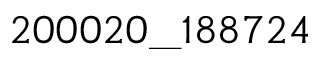
2 0 0 0 2 0 \_ 1 8 8 7 2 4